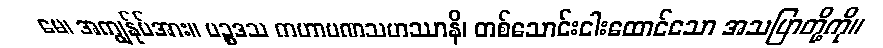
မေ၊ အကျွန်ုပ်အား။ ပဉ္စဒသ ကဟာပဏသဟဿာနိ၊ တစ်သောင်းငါးထောင်သော အသပြာတို့ကို။